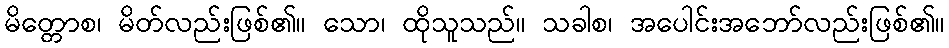
မိတ္တောစ၊ မိတ်လည်းဖြစ်၏။ သော၊ ထိုသူသည်။ သခါစ၊ အပေါင်းအဘော်လည်းဖြစ်၏။